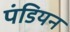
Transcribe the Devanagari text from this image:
पंडियन